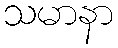
သမာနာ